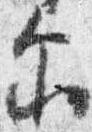
示